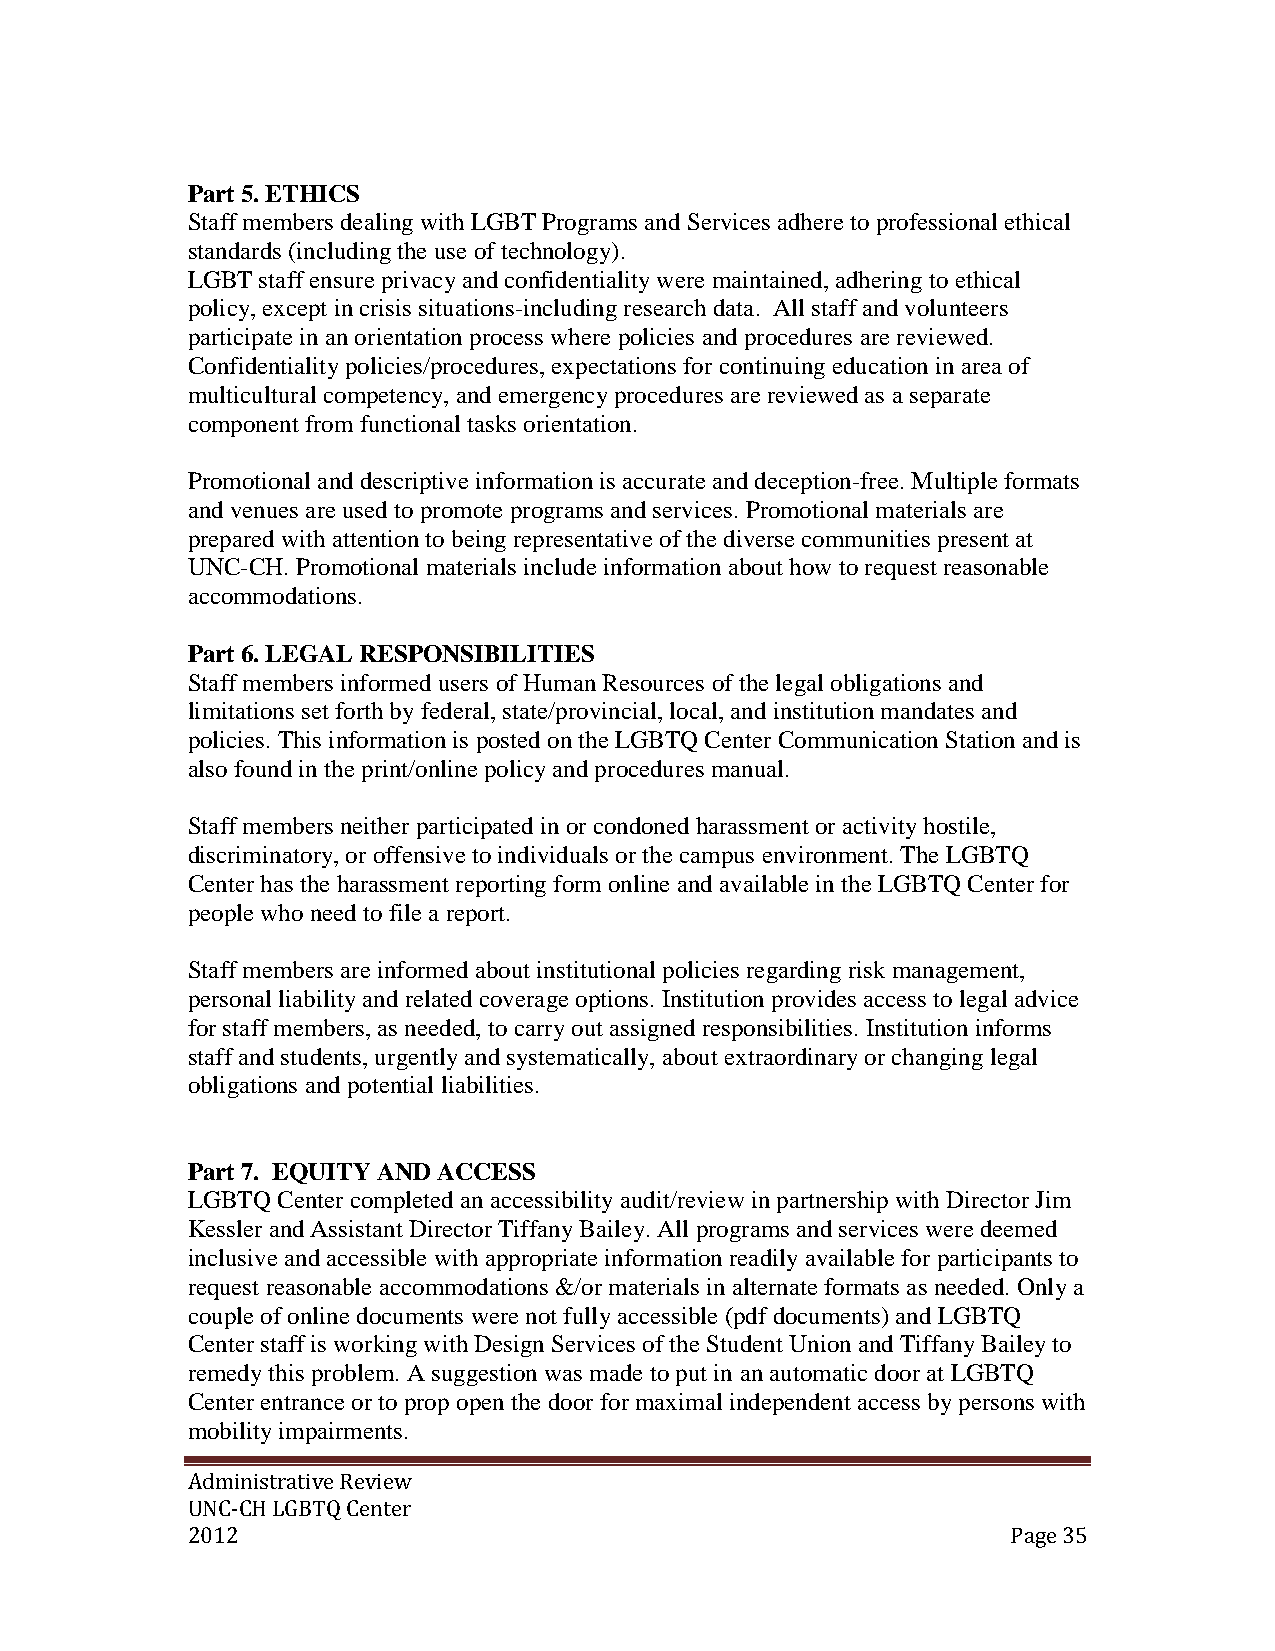
Part 5. ETHICS
 Staff members dealing with LGBT Programs and Services adhere to professional ethical
 standards (including the use of technology).
 LGBT staff ensure privacy and confidentiality were maintained, adhering to ethical
 policy, except in crisis situations-including research data. All staff and volunteers
 participate in an orientation process where policies and procedures are reviewed.
 Confidentiality policies/procedures, expectations for continuing education in area of
 multicultural competency, and emergency procedures are reviewed as a separate
 component from functional tasks orientation.
 Promotional and descriptive information is accurate and deception-free. Multiple formats
 and venues are used to promote programs and services. Promotional materials are
 prepared with attention to being representative of the diverse communities present at
 UNC-CH. Promotional materials include information about how to request reasonable
 accommodations.
 Part 6. LEGAL RESPONSIBILITIES
 Staff members informed users of Human Resources of the legal obligations and
 limitations set forth by federal, state/provincial, local, and institution mandates and
 policies. This information is posted on the LGBTQ Center Communication Station and is
 also found in the print/online policy and procedures manual.
 Staff members neither participated in or condoned harassment or activity hostile,
 discriminatory, or offensive to individuals or the campus environment. The LGBTQ
 Center has the harassment reporting form online and available in the LGBTQ Center for
 people who need to file a report.
 Staff members are informed about institutional policies regarding risk management,
 personal liability and related coverage options. Institution provides access to legal advice
 for staff members, as needed, to carry out assigned responsibilities. Institution informs
 staff and students, urgently and systematically, about extraordinary or changing legal
 obligations and potential liabilities.
 Part 7. EQUITY AND ACCESS
 LGBTQ Center completed an accessibility audit/review in partnership with Director Jim
 Kessler and Assistant Director Tiffany Bailey. All programs and services were deemed
 inclusive and accessible with appropriate information readily available for participants to
 request reasonable accommodations &/or materials in alternate formats as needed. Only a
 couple of online documents were not fully accessible (pdf documents) and LGBTQ
 Center staff is working with Design Services of the Student Union and Tiffany Bailey to
 remedy this problem. A suggestion was made to put in an automatic door at LGBTQ
 Center entrance or to prop open the door for maximal independent access by persons with
 mobility impairments.
 Administrative Review
 UNC-CH LGBTQ Center
 2012                                                   Page 35